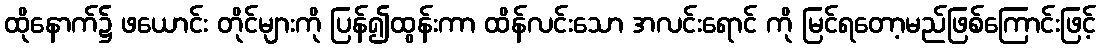
ထိုနောက်၌ ဖယောင်း တိုင်များကို ပြန်၍ထွန်းကာ ထိန်လင်းသော အလင်းရောင် ကို မြင်ရတော့မည်ဖြစ်ကြောင်းဖြင့်